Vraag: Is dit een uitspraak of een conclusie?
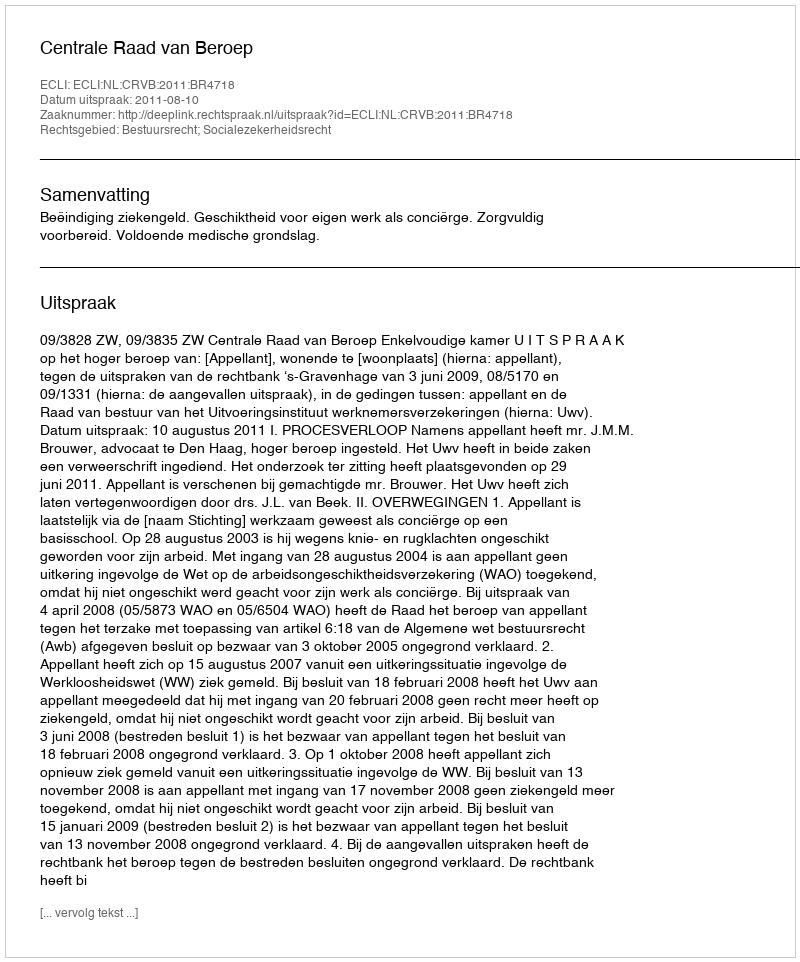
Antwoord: Uitspraak